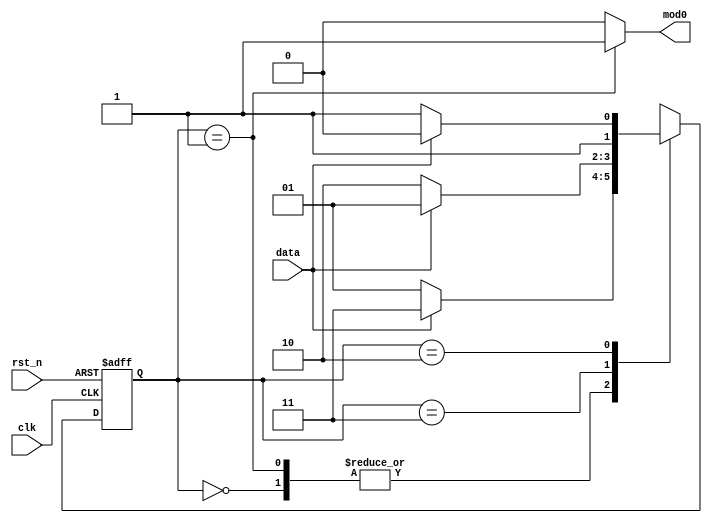
/*
verilog10
*/
module moduleName (
    input clk,
    input rst_n,
    input data,
    output wire mod0
);
    parameter IDLE = 2'b00,s0 = 2'b01,s1 = 2'b11,s2 = 2'b10;
    reg[1:0]  cstate,nstate;
    always @(posedge clk or negedge rst_n) begin
        if(!rst_n)
            cstate <= IDLE;
        else
            cstate <= nstate;
    end
    always @(*) begin
        case (cstate)
            IDLE : nstate = data ? s1 : s0 ;
            s0   : nstate = data ? s1 : s0 ;
            s1   : nstate = data ? s0 : s2 ;
            s2   : nstate = data ? s2 : s1 ;
            default: nstate = IDLE;
        endcase
    end
    assign mod0 = (cstate == s0) ? 1 : 0;
endmodule